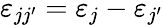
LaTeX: \varepsilon_{jj^{\prime}}=\varepsilon_{j}-\varepsilon_{j^{\prime}}